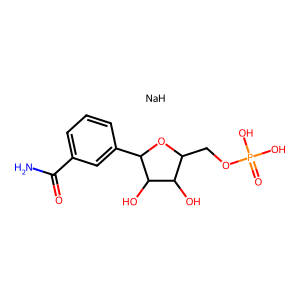
SMILES: NC(=O)c1cccc(C2OC(COP(=O)(O)O)C(O)C2O)c1.[NaH]
Inhibits HIV replication: No